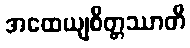
အထေယျစိတ္တဿာတိ